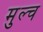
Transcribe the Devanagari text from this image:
मुल्च